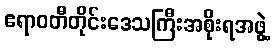
ဧရာဝတီတိုင်းဒေသကြီးအစိုးရအဖွဲ့